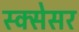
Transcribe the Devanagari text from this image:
स्क्सेसर